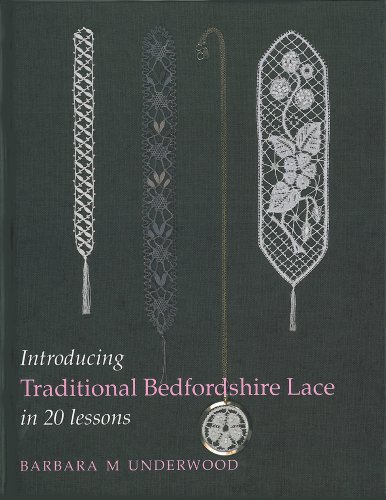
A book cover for Introducing Traditional Bedfordshire Lace in 20 Lessons; Barbara M. Underwood; Crafts, Hobbies & Home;